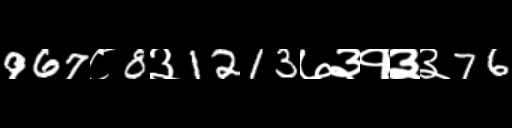
Text: 967८8३1213७३१३३76